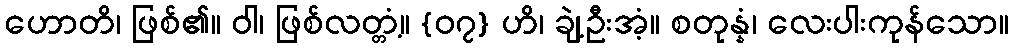
ဟောတိ၊ ဖြစ်၏။ ဝါ၊ ဖြစ်လတ္တံ့။ {၀၇} ဟိ၊ ချဲ့ဦးအံ့။ စတုန္နံ၊ လေးပါးကုန်သော။